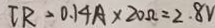
I R = 0 . 1 4 A \times 2 0 \Omega = 2 . 8 V